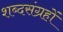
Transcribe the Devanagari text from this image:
शब्दसंग्रहों